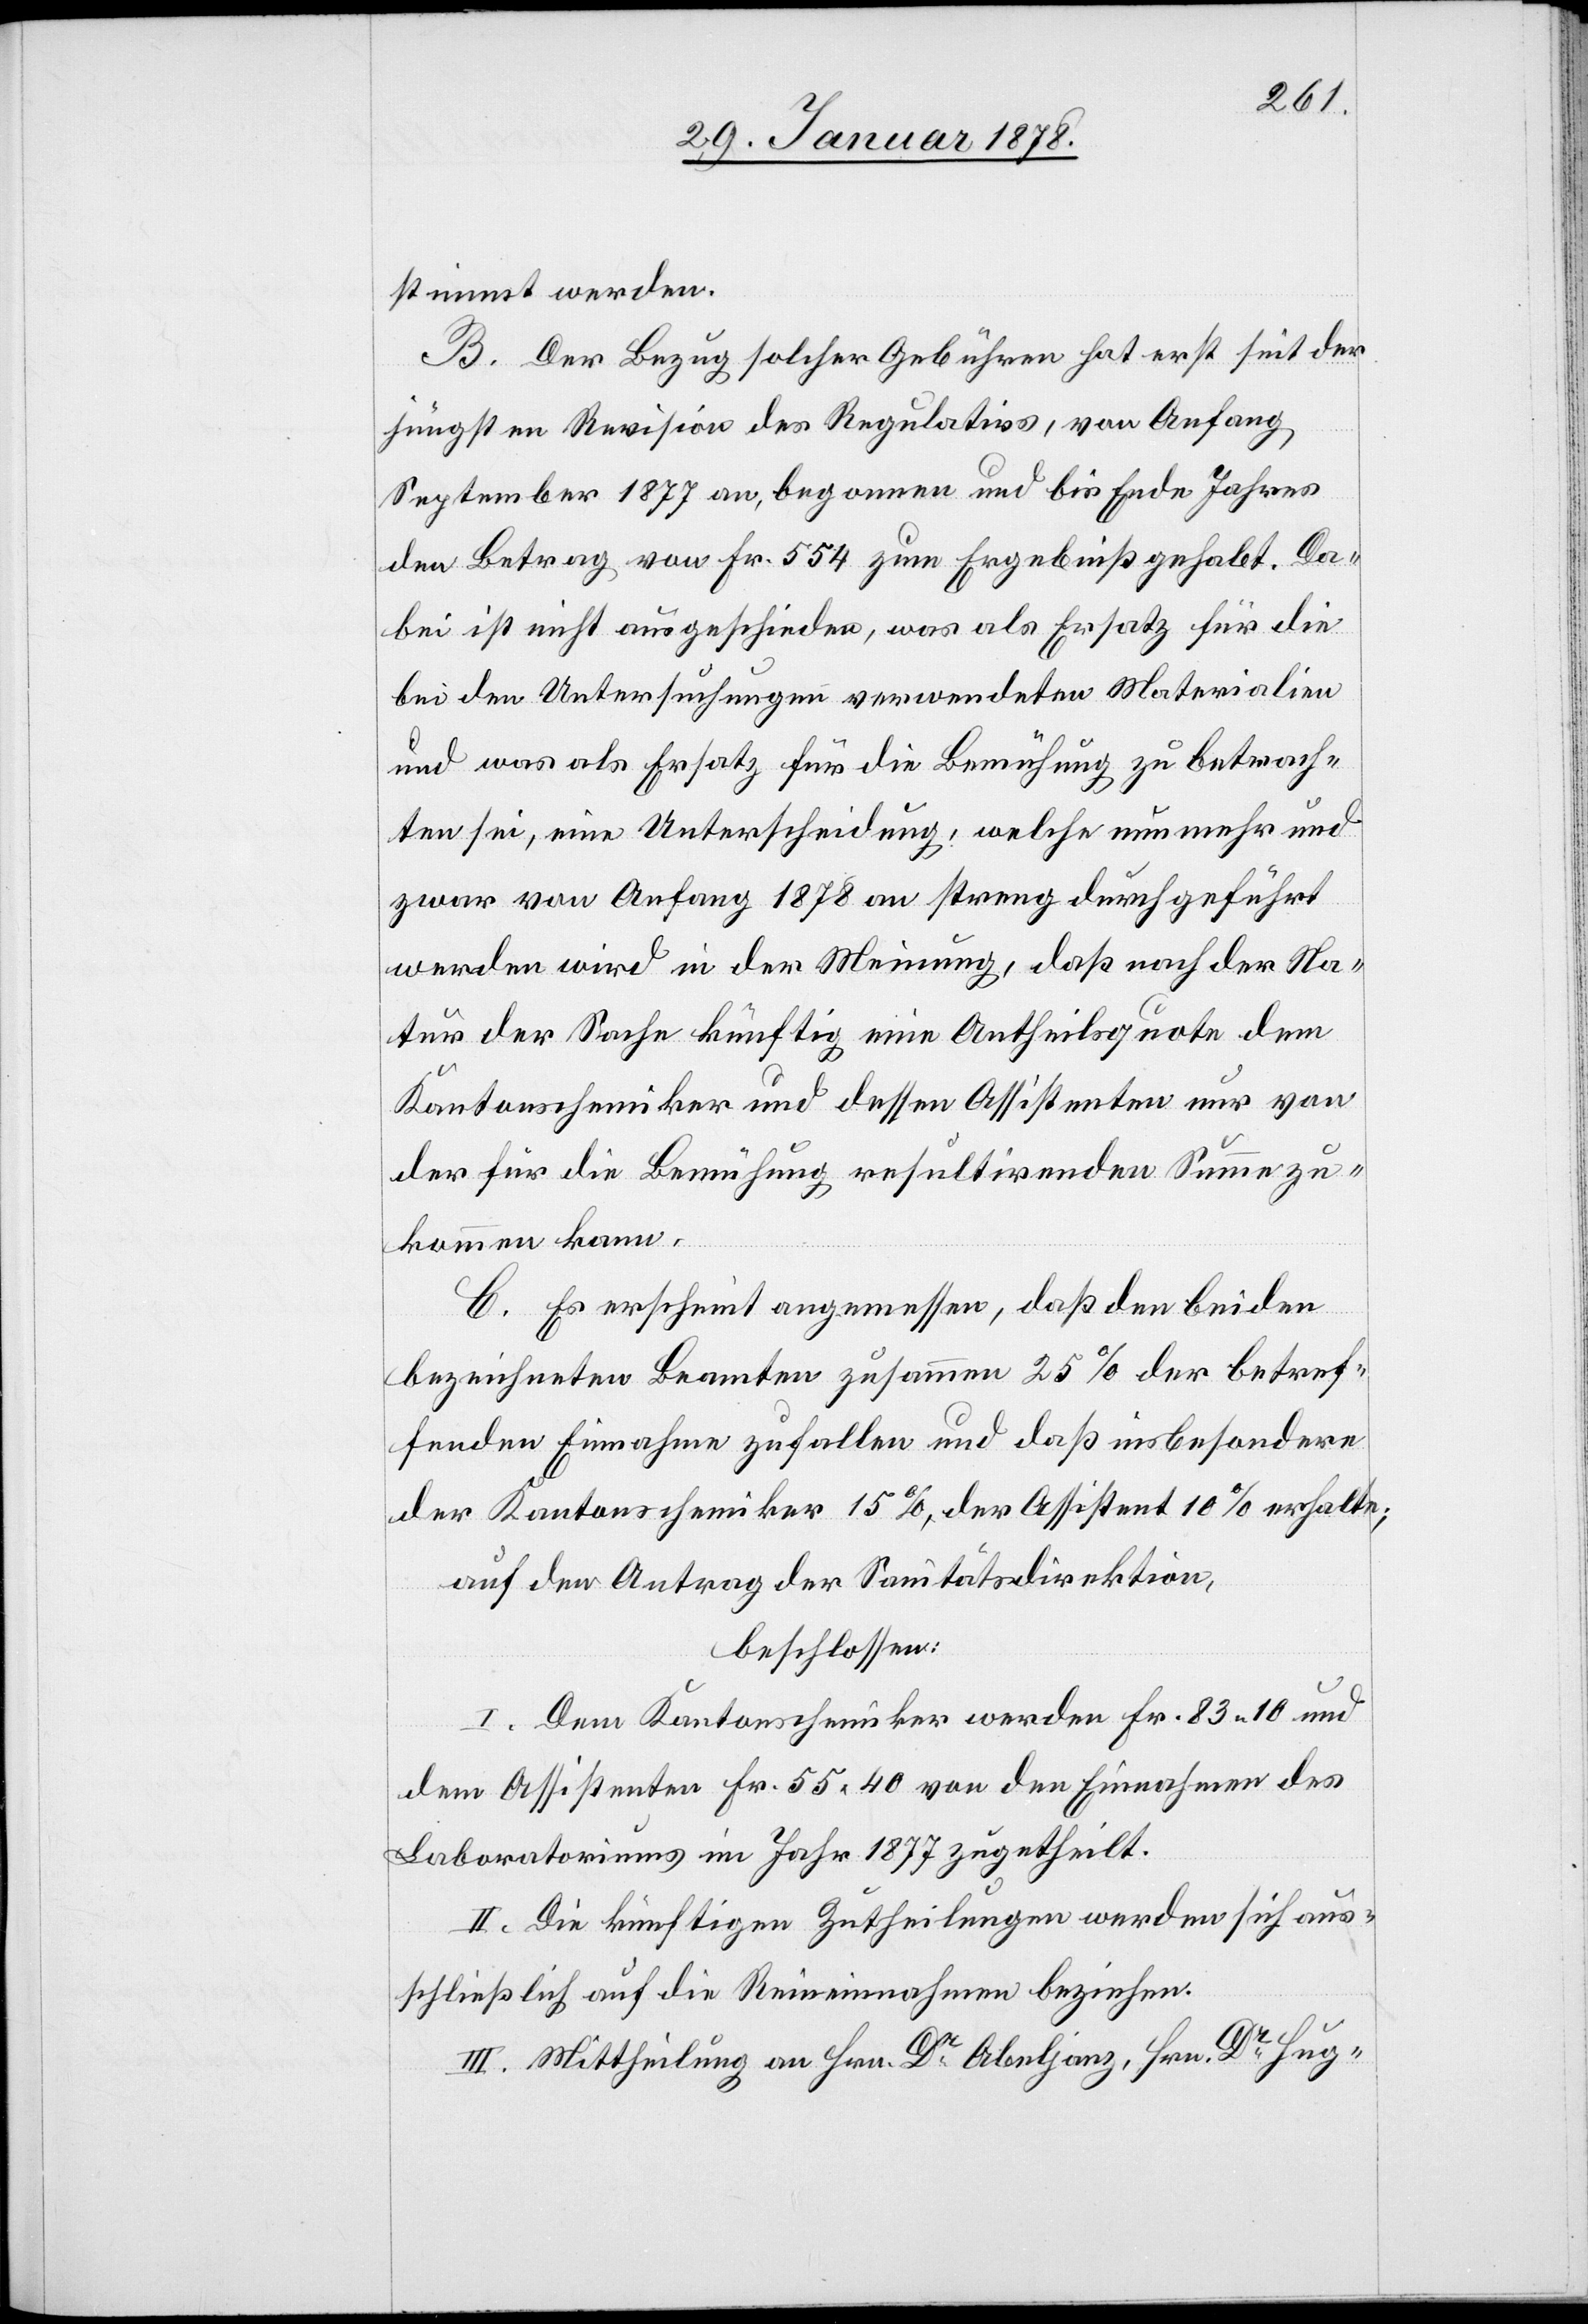
stimmt werden.
B. Der Bezug solcher Gebühren hat erst seit der
jüngsten Revision des Regulativs, von Anfang
September 1877 an, begonnen und bis Ende Jahres
den Betrag von Fr. 554 zum Ergebniß gehabt. Da¬
bei ist nicht ausgeschieden, was als Ersatz für die
bei den Untersuchungen verwendeten Materialien
und was als Ersatz für die Bemühung zu betrach¬
ten sei, eine Unterscheidung, welche nunmehr und
zwar von Anfang 1878 an streng durchgeführt
werden wird in der Meinung, daß nach der Na¬
tur der Sache künftig eine Antheilsquote dem
Kantonschemiker und dessen Assistenten nur von
der für die Bemühung resultirenden Summe zu¬
kommen kann.
C. Es erscheint angemessen, daß den beiden
bezeichneten Beamten zusammen 25% der betref¬
fenden Einnahme zufallen und daß insbesondere
der Kantonschemiker 15%, der Assistent 10% erhalte;
auf den Antrag der Sanitätsdirektion,
beschlossen:
I. Dem Kantonschemiker werden Fr. 83. 10 und
dem Assistenten Fr. 55. 40 von den Einnahmen des
Laboratoriums im Jahr 1877 zugetheilt.
II. Die künftigen Zutheilungen werden sich aus¬
schließlich auf die Reineinnahmen beziehen.
III. Mittheilung an Hrn. Dr Abeljanz, Hrn. Dr Hug-